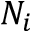
N _ { i }